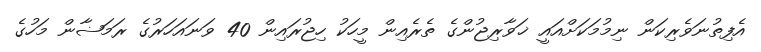
އެފިތުނަވެރިކަން ނިމުމަކަށްއައީ ޚަވާރިޖުންގެ ތެރެއިން މީހަކު ހިޖުރައިން 40 ވަނައަހަރުގެ ރަމަޟާން މަހުގެ